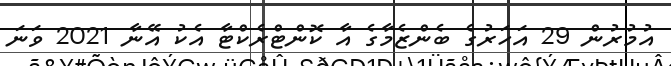
އުމުރުން 29 އަހަރުގެ ބެންޒެމާގެ އާ ކޮންޓްރެކްޓާ އެކު އޭނާ 2021 ވަނަ